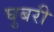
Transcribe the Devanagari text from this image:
घुबरी